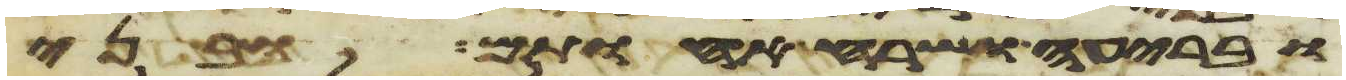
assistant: ובריעה ושרח אחותם ובני